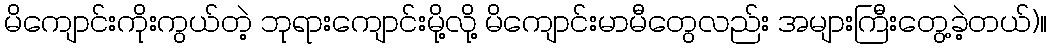
မိကျောင်းကိုးကွယ်တဲ့ ဘုရားကျောင်းမို့လို့ မိကျောင်းမာမီတွေလည်း အများကြီးတွေ့ခဲ့တယ်)။